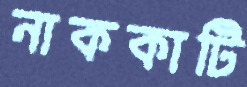
নাককাটি